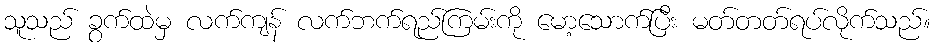
သူသည် ခွက်ထဲမှ လက်ကျန် လက်ဘက်ရည်ကြမ်းကို မော့သောက်ပြီး မတ်တတ်ရပ်လိုက်သည်။